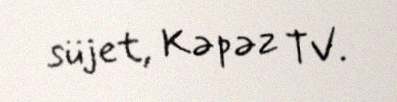
süjet, Kəpəz TV.